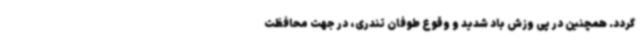
گردد. همچنین در پی وزش باد شدید و وقوع طوفان تندری، در جهت محافظت